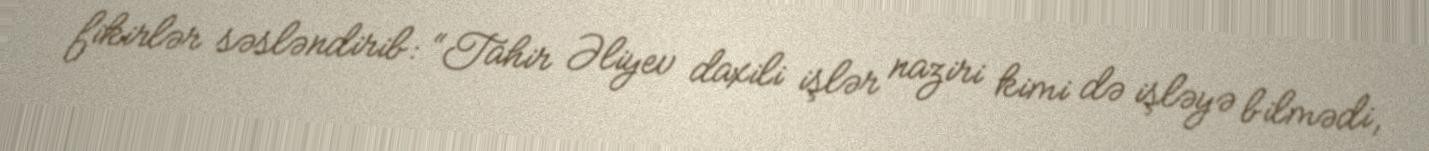
fikirlər səsləndirib: “Tahir Əliyev daxili işlər naziri kimi də işləyə bilmədi,